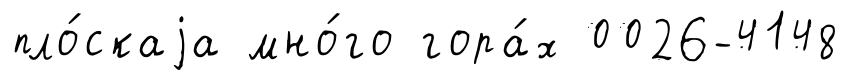
пло́скаjа мно́го гора́х 0026-4148